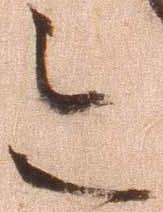
令